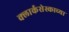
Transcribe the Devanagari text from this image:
क्लार्कसेस्काच्या